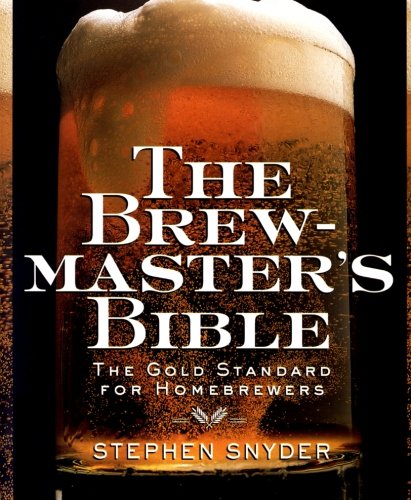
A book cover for The Brewmaster's Bible: The Gold Standard for Home Brewers; Stephen Snyder; Cookbooks, Food & Wine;